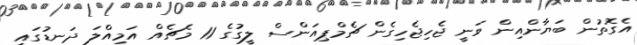
އެގޮތުން ބަޔާންއިން ވަނީ ޖެހިޖެހިގެން ޗެމްޕިއަންސް ލީގުގެ 11 މެޗެއް އަމިއްލަ ދަނޑުގައި